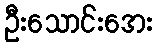
ဦးသောင်းအေး